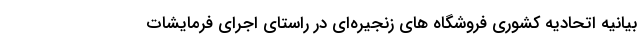
بیانیه اتحادیه کشوری فروشگاه های زنجیره‌ای در راستای اجرای فرمایشات